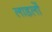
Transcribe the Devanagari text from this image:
लाडलों